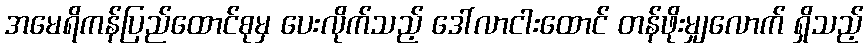
အမေရိကန်ပြည်ထောင်စုမှ ပေးလိုက်သည့် ဒေါ်လာငါးထောင် တန်ဖိုးမျှလောက် ရှိသည့်